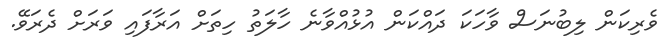
ވެރިކަން ލިބުނަސް ވާހަކަ ދައްކަން އުޅުއްވާނެ ހާލަތު ހިތަށް އަރާފައި ވަރަށް ދެރަވޭ.